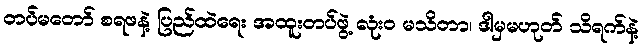
တပ်မတော် စရဖနဲ့ ပြည်ထဲရေး အထူးတပ်ဖွဲ့ လုံးဝ မသိတာ၊ ဒါမှမဟုတ် သိရက်နဲ့